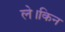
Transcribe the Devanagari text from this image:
ले।किन